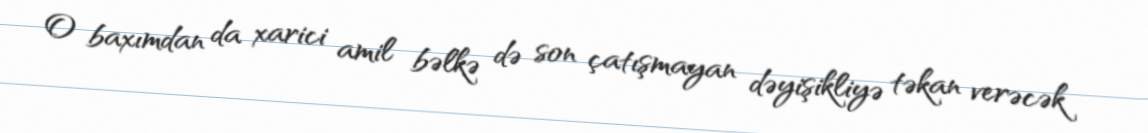
O baxımdan da xarici amil bəlkə də son çatışmayan dəyişikliyə təkan verəcək